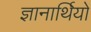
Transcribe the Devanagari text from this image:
ज्ञानार्थियों